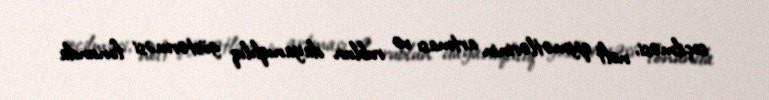
seçilməsi, neft qiymətlərinin artması və rublun dayanıqlılıq göstərməsi fonunda